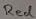
Text: Red